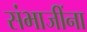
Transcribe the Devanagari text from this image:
संभाजींना